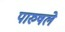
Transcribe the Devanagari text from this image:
पारुषले